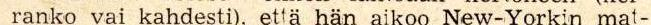
ranko vai kahdesti), että hän aikoo New-Yorkin mat-